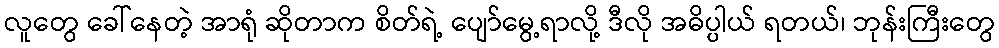
လူတွေ ခေါ်နေတဲ့ အာရုံ ဆိုတာက စိတ်ရဲ့ ပျော်မွေ့ရာလို့ ဒီလို အဓိပ္ပါယ် ရတယ်၊ ဘုန်းကြီးတွေ